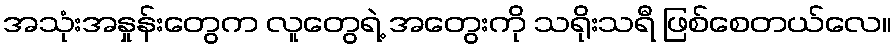
အသုံးအနှုန်းတွေက လူတွေရဲ့ အတွေးကို သရိုးသရီ ဖြစ်စေတယ်လေ။